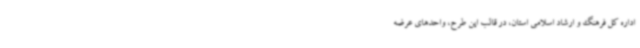
اداره کل فرهنگ و ارشاد اسلامی استان، در قالب این طرح، واحدهای عرضه